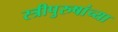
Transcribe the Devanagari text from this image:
स्त्रीपुरुषांच्या